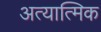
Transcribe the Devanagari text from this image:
अत्यात्मिक